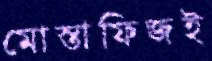
মোস্তাফিজই